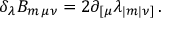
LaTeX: \delta _ { \lambda } B _ { m \, \mu \nu } = 2 \partial _ { [ \mu } \lambda _ { | m | \nu ] } \, .